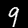
Digit: 9